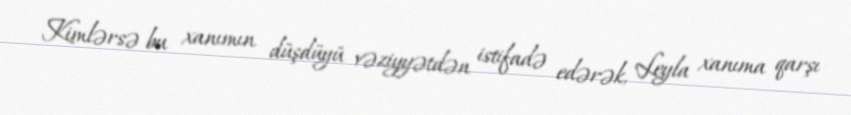
Kimlərsə bu xanımın düşdüyü vəziyyətdən istifadə edərək, Leyla xanıma qarşı